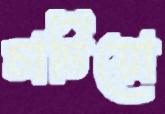
চাটিয়ো